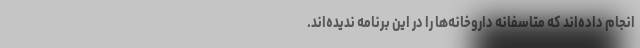
انجام داده‌اند که متاسفانه داروخانه‌ها را در این برنامه ندیده‌اند.